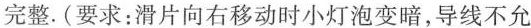
完整.(要求：滑片向右移动时小灯泡变暗，导线不允